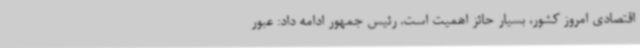
اقتصادی امروز کشور، بسیار حائز اهمیت است. رئیس جمهور ادامه داد: عبور